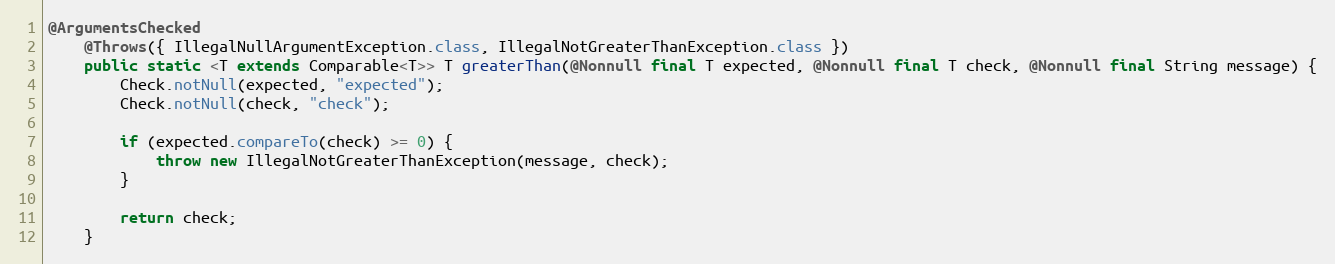
Language: Java
@ArgumentsChecked
	@Throws({ IllegalNullArgumentException.class, IllegalNotGreaterThanException.class })
	public static <T extends Comparable<T>> T greaterThan(@Nonnull final T expected, @Nonnull final T check, @Nonnull final String message) {
		Check.notNull(expected, "expected");
		Check.notNull(check, "check");

		if (expected.compareTo(check) >= 0) {
			throw new IllegalNotGreaterThanException(message, check);
		}

		return check;
	}